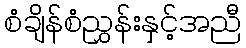
စံချိန်စံညွှန်းနှင့်အညီ